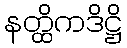
နတ္ထိကဒိဋ္ဌိ